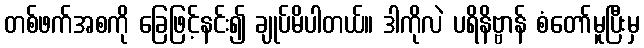
တစ်ဖက်အစကို ခြေဖြင့်နင်း၍ ချုပ်မိပါတယ်။ ဒါကိုလဲ ပရိနိဗ္ဗာန် စံတော်မူပြီးမှ